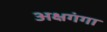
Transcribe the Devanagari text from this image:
अक्षगंगा